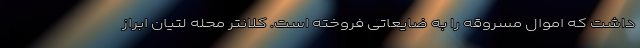
داشت که اموال مسروقه را به ضایعاتی فروخته است. کلانتر محله لتیان ابراز